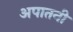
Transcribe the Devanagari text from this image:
अपातनी